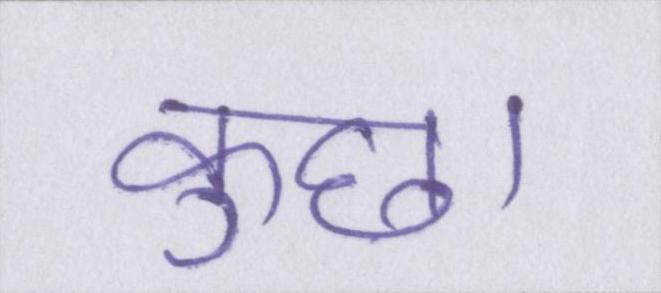
कुछ।